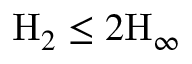
\mathrm { H } _ { 2 } \leq 2 \mathrm { H } _ { \infty }